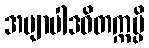
အဗျာပါဒဝိတက္ကမ္ပိ